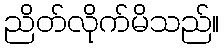
ညိတ်လိုက်မိသည်။